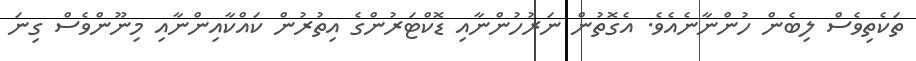
ތަކެތިވެސް ލިބެން ހުންނާނެއެވެ. އެގޮތުން ނަރުހުންނާއި ޑޮކްޓަރުންގެ އިތުރުން ކައްކާއިންނާއި މިނޫންވެސް ގިނަ